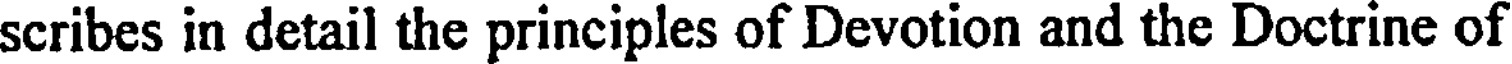
scribes in detail the principles of Devotion and the Doctrine of